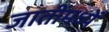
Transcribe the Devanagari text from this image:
जातींमध्यें